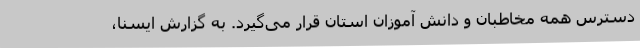
دسترس همه مخاطبان و دانش آموزان استان قرار می‌گیرد. به گزارش ایسنا،